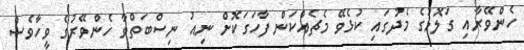
ހެންވޭރާއި ގަލޮޅުގެ މެދުގައި ކުޅެވޭ މެޗެއްކަން ފާހަގަކޮށް ނިއު ނިސްބަތްވާ ހެންވޭރުގެ ވީހާވެސް